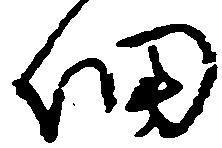
細